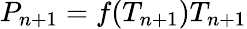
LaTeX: P_{n+1}=f(T_{n+1})T_{n+1}